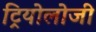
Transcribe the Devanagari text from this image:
ट्रियोलोजी